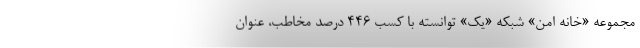
مجموعه «خانه امن» شبکه «یک» توانسته با کسب ۴۴۶ درصد مخاطب، عنوان